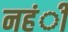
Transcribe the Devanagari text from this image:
नहंीं